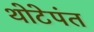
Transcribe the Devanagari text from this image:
थोटेपंत